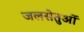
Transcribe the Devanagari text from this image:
जलसेतुओं